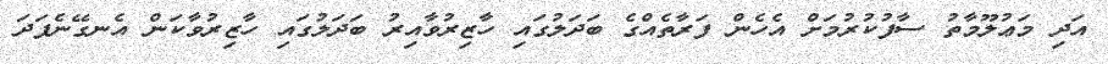
އަދި މަޢުލޫމާތު ސާފުކުރުމަށް އެހެން ފަރާތެއްގެ ބަދަލުގައި ހާޒިރުވާއިރު ބަދަލުގައި ހާޒިރުވާކަން އެނގޭނެފަދަ